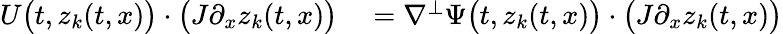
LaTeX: \begin{array}{rl}{U\big(t,z_{k}(t,x)\big)\cdot\big(J\partial_{x}z_{k}(t,x)\big)}&{{}=\nabla^{\perp}\Psi\big(t,z_{k}(t,x)\big)\cdot\big(J\partial_{x}z_{k}(t,x)\big)}\end{array}